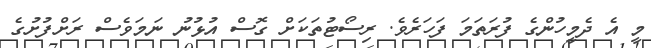
މީ އެ ދެމީހުންގެ ފުރަތަމަ ފަހަރެވެ. ރިސޯޓުތަކަށް ގޮސް އުޅުނު ނަމަވެސް ރަށްފުށުގެ